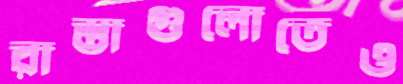
রাস্তাগুলোতেও